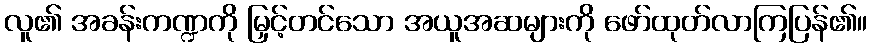
လူ၏ အခန်းကဏ္ဍကို မြှင့်တင်သော အယူအဆများကို ဖော်ထုတ်လာကြပြန်၏။